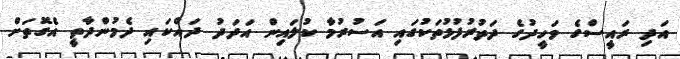
އަދި ރައީސްގެ ވަހީދުގެ ދަތުރުފުޅުތަކުގައި އަސުރުމާ ކުލައިން އަދަދު ދައްކައި ދެމުންދާތީ އެގޮތަށް